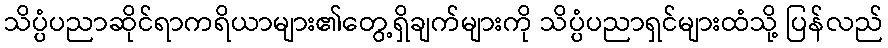
သိပ္ပံပညာဆိုင်ရာကရိယာများ၏တွေ့ရှိချက်များကို သိပ္ပံပညာရှင်များထံသို့ ပြန်လည်